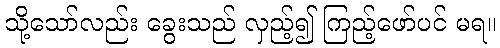
သို့သော်လည်း ခွေးသည် လှည့်၍ ကြည့်ဖော်ပင် မရ။